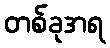
တစ်ခုအရ